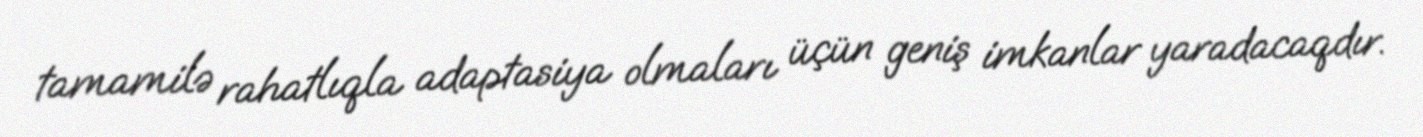
tamamilə rahatlıqla adaptasiya olmaları üçün geniş imkanlar yaradacaqdır.